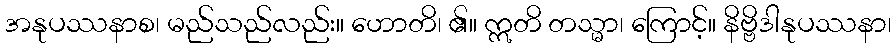
အနုပဿနာစ၊ မည်သည်လည်း။ ဟောတိ၊ ၏။ ဣတိ တသ္မာ၊ ကြောင့်။ နိဗ္ဗိဒါနုပဿနာ၊